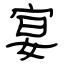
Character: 宴